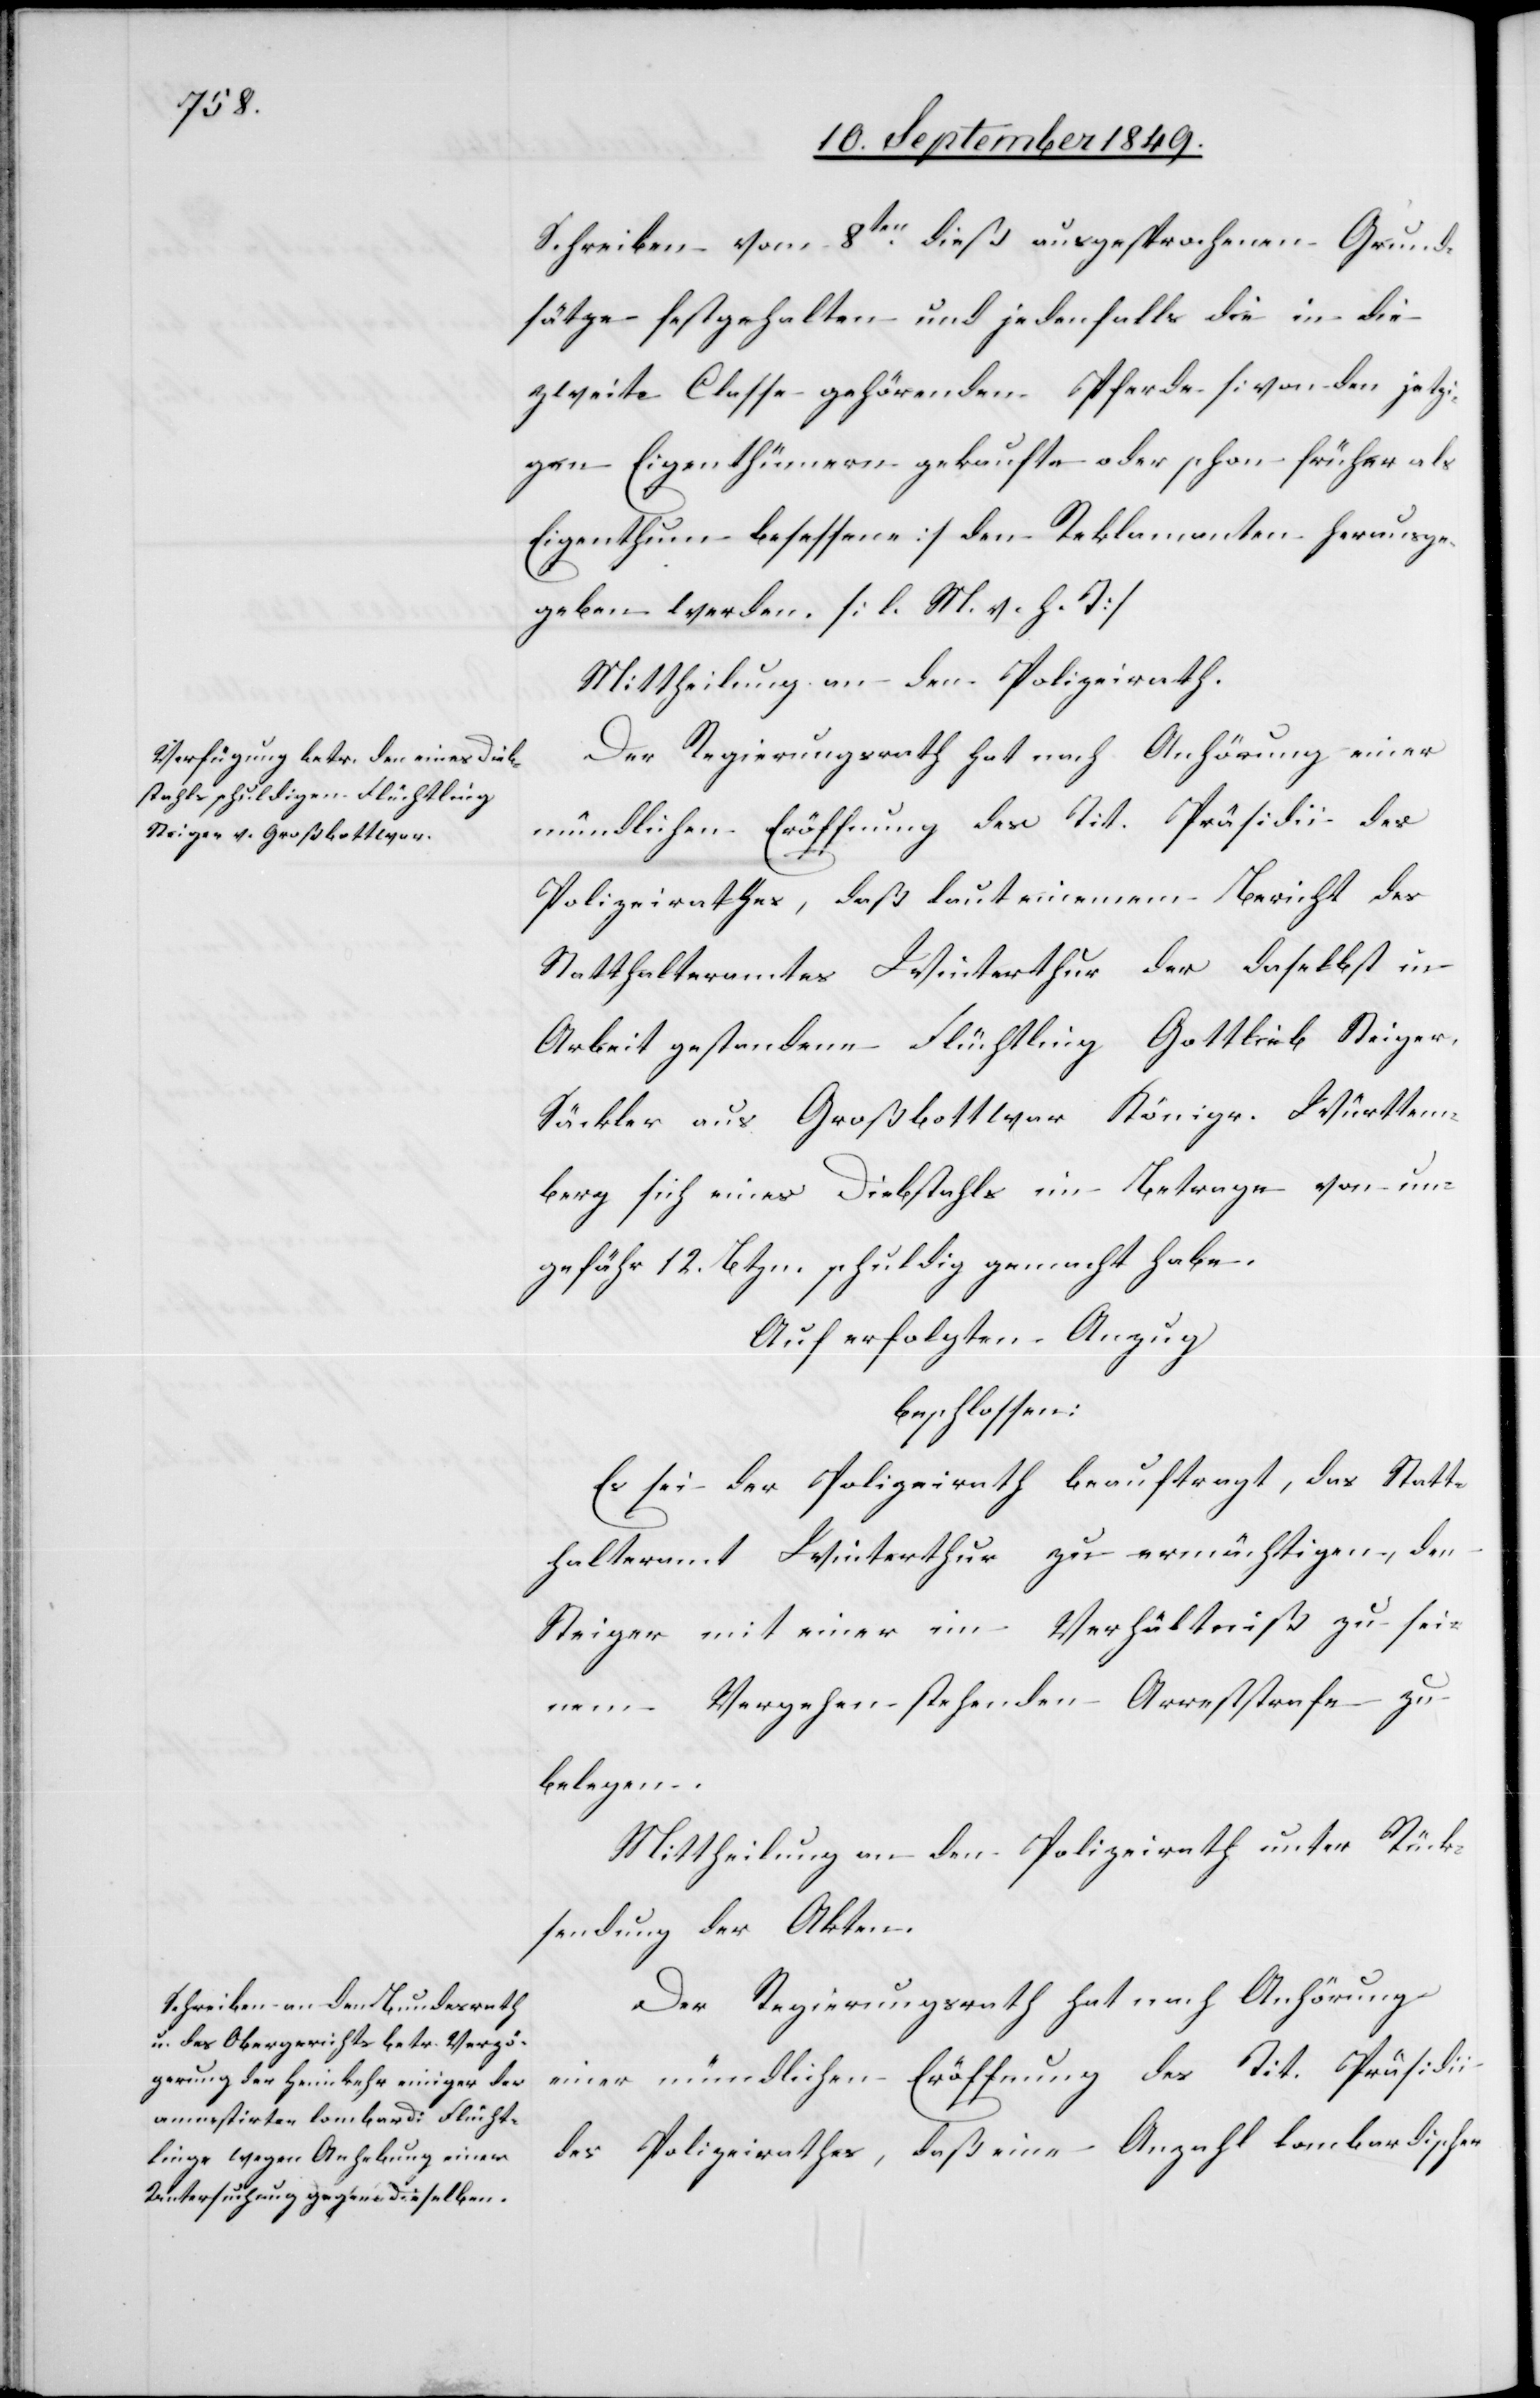
Schreiben vom 8ten dieß ausgesprochenen Grund¬
sätze festgehalten und jedenfalls die in die
zweite Classe gehörenden Pferde [von den jetzi¬
gen Eigenthümern gekaufte oder schon früher als
Eigenthum besessene] den Reklamanten herausge¬
geben werden. [l. M. v. h. T]
Der Regierungsrath hat nach Anhörung einer
mündlichen Eröffnung des Tit. Präsidii des
Polizeirathes, daß laut einem Bericht des
Statthalteramtes Winterthur der daselbst in
Arbeit gestandene Flüchtling Gottlieb Steiger,
Säckler aus Großbottwar Königr. Württem¬
berg sich eines Diebstahls im Betrage von un¬
gefähr 12. Btzn. schuldig gemacht habe.
Auf erfolgten Anzug
beschlossen:
Es sei der Polizeirath beauftragt, das Statt¬
halteramt Winterthur zu ermächtigen, den
Steiger mit einer im Verhältniß zu sei¬
nem Vergehen stehenden Arreststrafe zu
belegen.
Mittheilung an den Polizeirath unter Rück¬
sendung der Akten.
Der Regierungsrath hat nach Anhörung
einer mündlichen Eröffnung des Tit. Präsidii
des Polizeirathes, daß eine Anzahl lombardischer